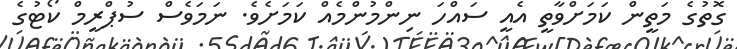
ގޮތުގެ މަތީން ކަމަށްވާތީ އެއީ ސައްހަ ނިންމުންމެއް ކަމަށެވެ. ނަމަވެސް ސުޕްރީމް ކޯޓުގެ